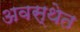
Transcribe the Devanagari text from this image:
अवस्‍थेत